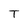
Character: T